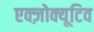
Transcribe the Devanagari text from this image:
एक्ज़ोक्यूटिव